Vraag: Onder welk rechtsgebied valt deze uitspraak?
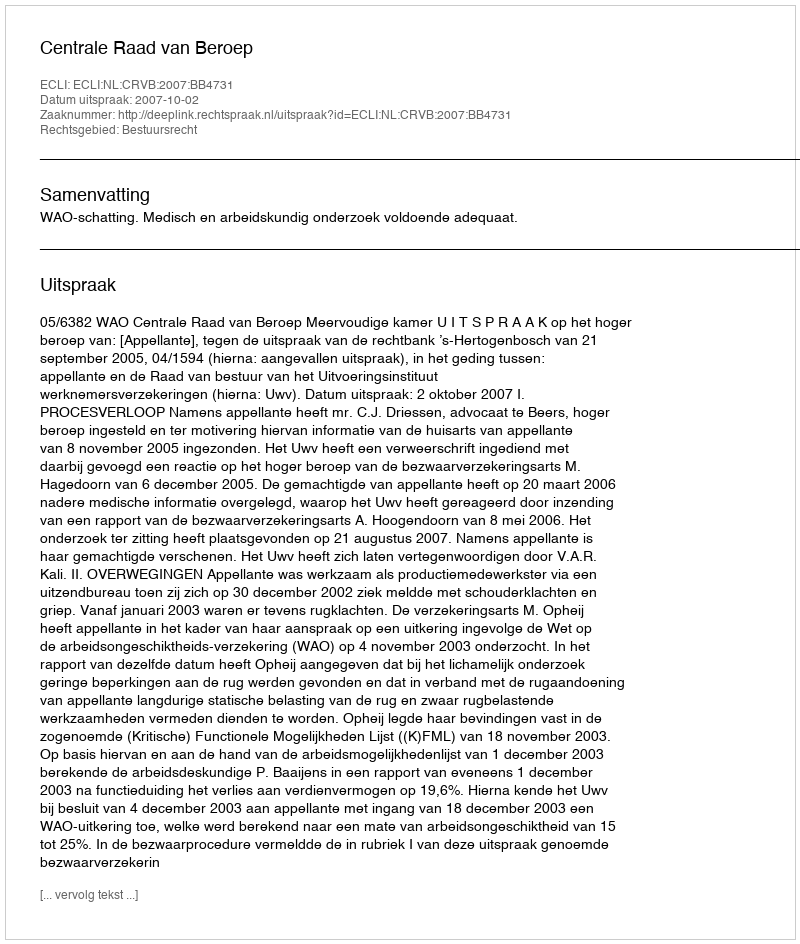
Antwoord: Bestuursrecht